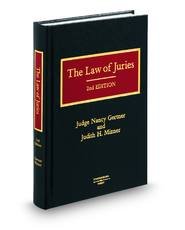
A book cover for The Law of Juries; Judge Nancy Gertner; Law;